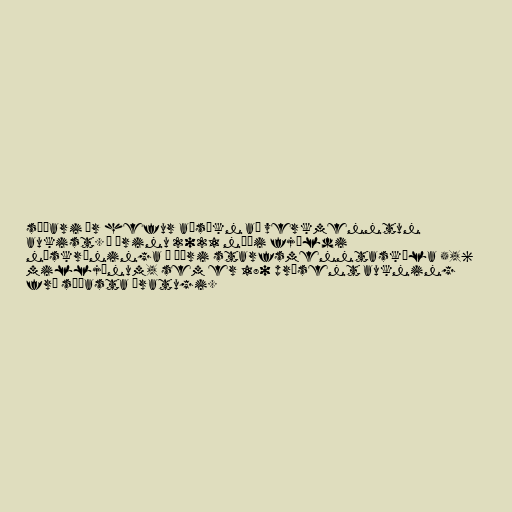
síðari ár hefur aðsókn að verkmenntun
aukist. Á árinu 2021 náði fjöldi
nýskráninga í æðri starfsmenntaskóla 5,6
milljónum, sem er 180 prósent aukning
frá síðasta áratugi.